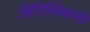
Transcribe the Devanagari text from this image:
सिरिग्लियानो